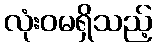
လုံးဝမရှိသည့်